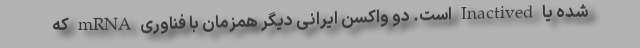
شده یا Inactived است. دو واکسن ایرانی دیگر همزمان با فناوری mRNA که